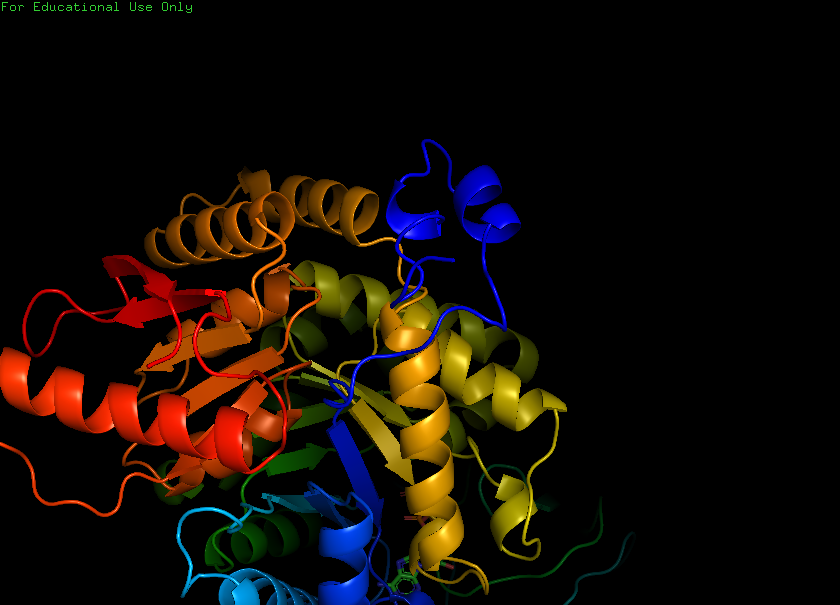
pymol, preset, pretty